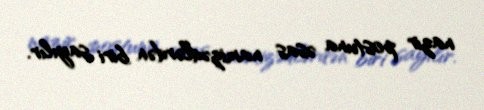
nazir postuna əsas namizədlərdən biri sayılır.